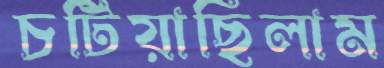
চটিয়াছিলাম